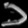
Digit: ၁